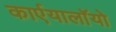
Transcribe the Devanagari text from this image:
कार्एयालाॅयो